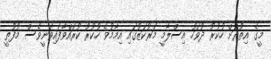
މީގެ އިތުރަށް ހުކުރު ދުވަހު އިސްލާމީ މަރުކަޒުގައި އިމާމުވެ ހުކުރު ކުރައްވާފައިވަނީވެސް މުފުތީ